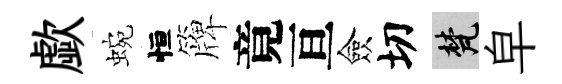
歔蜿恒簰竟亘僉切梵皁